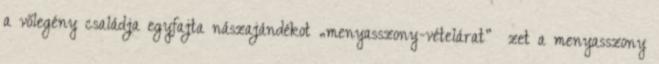
a vőlegény családja egyfajta nászajándékot „menyasszony-vételárat” ﬁzet a menyasszony